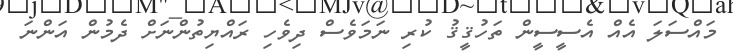
މައްސަލަ އެއް އެސީސީން ތަހުޤީޤު ކުރި ނަމަވެސް ދިވެހި ރައްޔިތުންނަށް ދެމުން އަންނަ